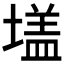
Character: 𭏦